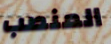
المنصب